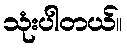
သုံးပါတယ်။